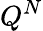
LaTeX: Q^{N}